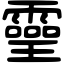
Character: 𤫊